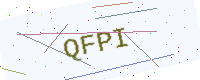
Text: QFPI